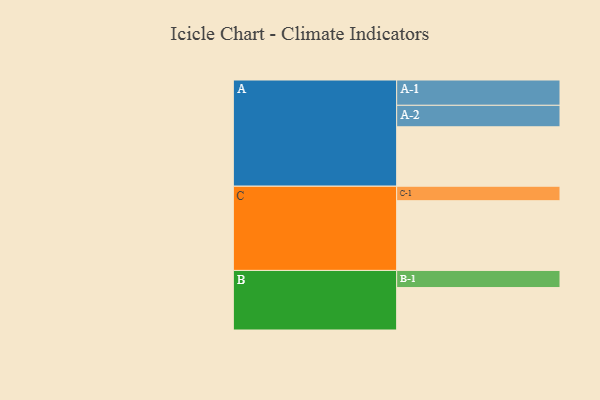
{"axis": {"x": "Segment", "y": "Value"}, "legend": ["", "A", "B", "C"], "data": [{"x": "A", "y": 451, "type": ""}, {"x": "B", "y": 322, "type": ""}, {"x": "C", "y": 529, "type": ""}, {"x": "A-1", "y": 192, "type": "A"}, {"x": "A-2", "y": 163, "type": "A"}, {"x": "B-1", "y": 130, "type": "B"}, {"x": "C-1", "y": 110, "type": "C"}]}